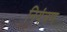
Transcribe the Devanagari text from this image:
नियंत्रण